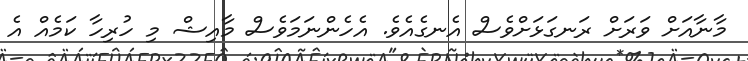
މާނާއަށް ވަރަށް ރަނގަޅަށްވެސް އެނގެއެވެ. އެހެންނަމަވެސް މާއިޝް މި ހުރިހާ ކަމެއް އެ